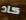
كاد